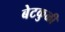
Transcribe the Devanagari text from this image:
बेटकुळी